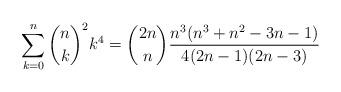
LaTeX: \begin{align*} \sum_{k=0}^n \binom{n}{k}^2 k^4 = \binom{2n}{n} \frac{n^3(n^3+n^2-3n-1)}{4(2n-1)(2n-3)}\end{align*}